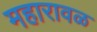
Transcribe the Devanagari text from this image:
महारावळ